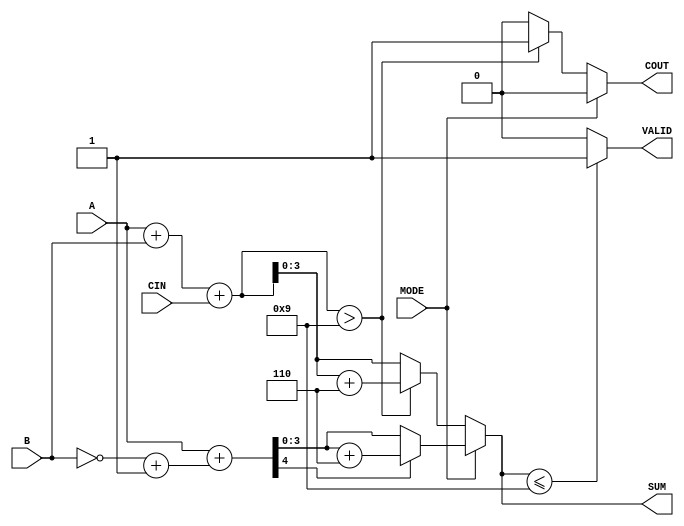
module BCD_Add_Subtracter (
    input  wire [3:0] A,     // First BCD operand
    input  wire [3:0] B,     // Second BCD operand
    input  wire MODE,        // 0 for addition, 1 for subtraction
    input  wire CIN,         // Carry-in for addition
    output reg  [3:0] SUM,   // BCD result
    output reg  COUT,        // Carry-out for addition
    output reg  VALID        // Valid BCD output
);

    wire [4:0] sum;          // 5-bit sum to accommodate carry
    wire [4:0] sub;          // 5-bit subtraction result
    wire [4:0] corrected_sum; // Corrected sum after checking for BCD validity

    // Perform binary addition
    assign sum = A + B + CIN;

    // Perform binary subtraction using two's complement
    assign sub = A + (~B + 1'b1); // Two's complement of B

    always @(*) begin
        // Default outputs
        SUM = 4'b0000;
        COUT = 1'b0;
        VALID = 1'b0;

        if (MODE == 1'b0) begin // Addition
            // Check if the sum exceeds 9 (1001 in binary)
            if (sum > 4'b1001) begin
                SUM = sum + 4'b0110; // Add correction factor
                COUT = 1'b1;         // Set carry out
            end else begin
                SUM = sum[3:0];      // Valid sum
            end
        end else begin // Subtraction
            // Check if the result is negative
            if (sub[4] == 1'b1) begin
                // If negative, add correction factor of 6
                SUM = sub + 4'b0110;
            end else begin
                SUM = sub[3:0];      // Valid subtraction result
            end
        end

        // Check if the result is a valid BCD digit
        if (SUM <= 4'b1001) begin
            VALID = 1'b1; // Valid BCD
        end else begin
            VALID = 1'b0; // Invalid BCD
        end
    end

endmodule